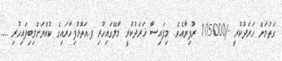
ގަތުމަށް ޚަރަދުކުރީ -/105000 ރުފިޔާއެވެ. މިފައިސާ ޚަރަދުކުރީ މާލޭގައިހުރި ފ.އަތޮޅުފިހާރައިގެ ކުއްޔަށްލިބިފައިހުރި ...